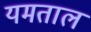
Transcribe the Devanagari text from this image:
यमताल